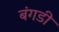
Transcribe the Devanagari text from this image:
बंगडी